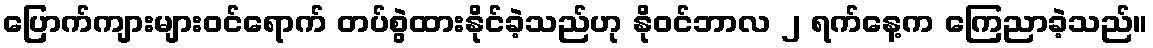
ပြောက်ကျားများဝင်ရောက် တပ်စွဲထားနိုင်ခဲ့သည်ဟု နိုဝင်ဘာလ ၂ ရက်နေ့က ကြေညာခဲ့သည်။